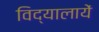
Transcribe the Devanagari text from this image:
विद्यालायें